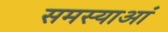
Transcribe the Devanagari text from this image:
समस्याआं